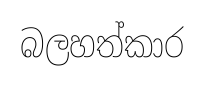
බලහත්කාර